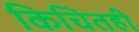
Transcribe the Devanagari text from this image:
किचितही